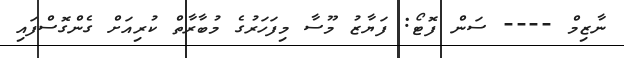
ނާޒިމް ---- ސަން ފޮޓޯ: ފަޔާޒު މޫސާ މިފަހަރުގެ މުބާރާތް ކުރިއަށް ގެންގޮސްފައި